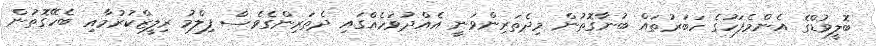
ބޮލީވުޑްގެ އެންމެފަހުގެ ހަބަރުތައް ބުނާގޮތުން މިދެތަރިންވަނީ އެއްދުވަހެއްގައި ދެތަރިންގެވެސް ފިލްމު ރިލީޒްކުރުމާއި ބެހޭގޮތުން